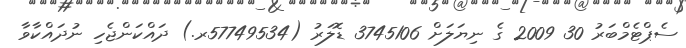
ސެޕްޓެމްބަރު 30 2009 ގެ ނިޔަލަށް 3745106 ޑޮލަރު (57749534ރ.) ދައްކަންޖެހި ނުދައްކާވާ